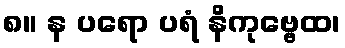
၈။ န ပရော ပရံ နိကုဗ္ဗေထ၊